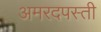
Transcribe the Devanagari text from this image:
अमरदपस्ती